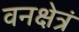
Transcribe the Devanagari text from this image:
वनक्षेत्रं